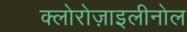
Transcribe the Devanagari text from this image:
क्लोरोज़ाइलीनोल